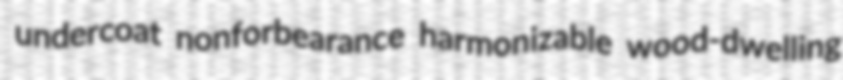
undercoat nonforbearance harmonizable wood-dwelling